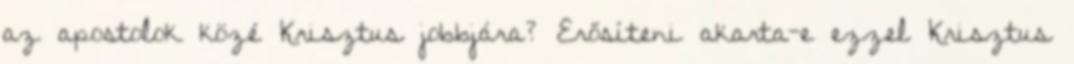
az apostolok közé Krisztus jobbjára? Erősíteni akarta-e ezzel Krisztus